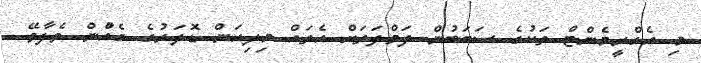
މި އެގްރީމެންޓް ތަކުގެ ސަބަބުން ދަވްލަތަށް އެތައް މިލިއަން ޑޮލަރުގެ ގެއްުން ވެފާވޭ.